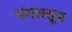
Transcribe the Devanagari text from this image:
मंगलसूत्र